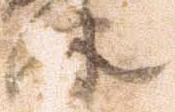
津